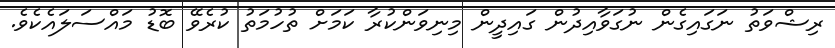
ރިޝްވަތު ނަގައިގެން ނުގަވާއިދުން ގައިދީން މިނިވަންކުރާ ކަމަށް ތުހުމަތު ކުރެވޭ ބޮޑު މައްސަލައެކެވެ.